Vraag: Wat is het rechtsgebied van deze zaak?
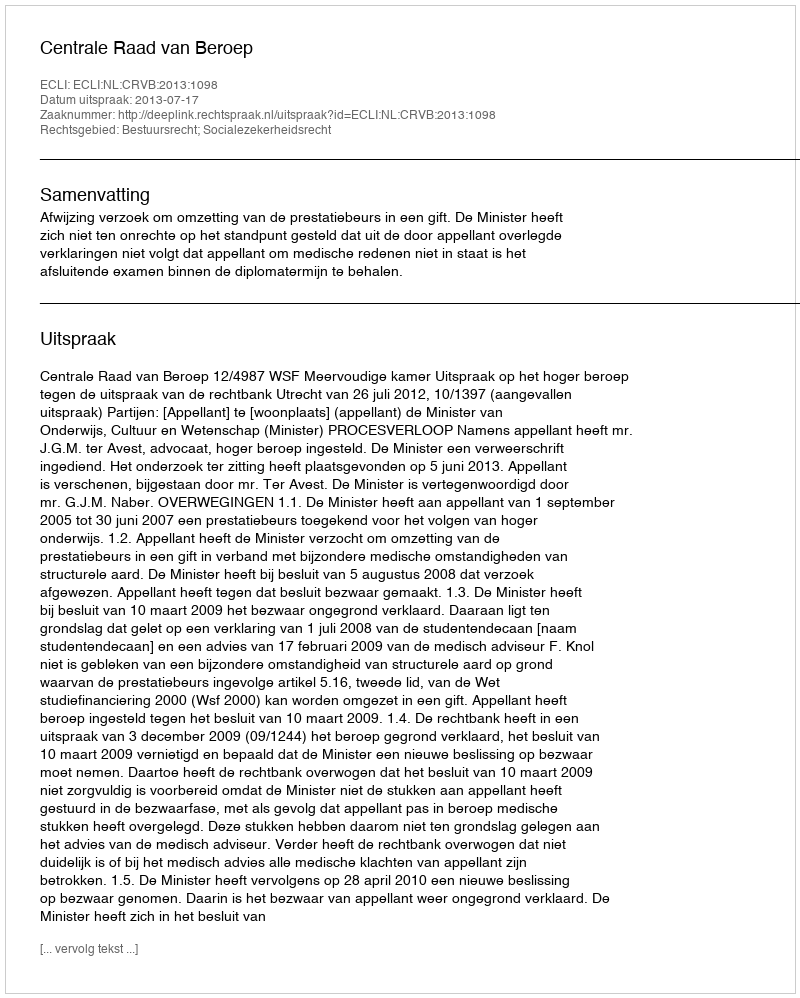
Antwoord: Bestuursrecht; Socialezekerheidsrecht